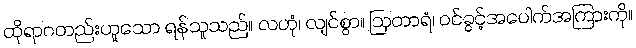
ထိုရာဂတည်းဟူသော ရန်သူသည်။ လဟုံ၊ လျင်စွာ။ ဩတာရံ၊ ဝင်ခွင့်အပေါက်အကြားကို။